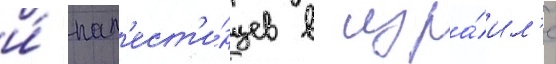
и́ пал'ест'и́нцев в изра́ил'е